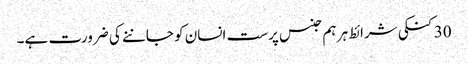
30 کنکی شرائط ہر ہم جنس پرست انسان کو جاننے کی ضرورت ہے۔